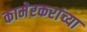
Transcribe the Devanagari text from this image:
कामेरकरांच्या